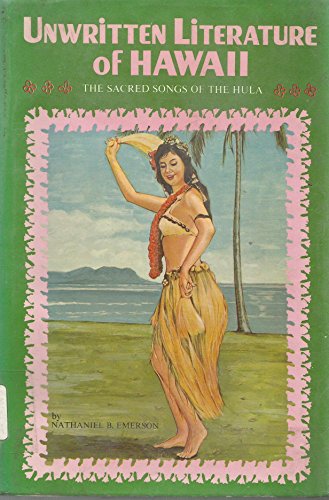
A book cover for Unwritten Literature of Hawaii: Sacred Songs of the Hula; Nathaniel B. Emerson; Cookbooks, Food & Wine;